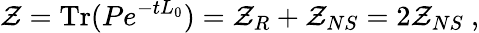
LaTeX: {\cal\mathcal{Z}}=\mathrm{{Tr}}(Pe^{-tL_{0}})={\cal\mathcal{Z}}_{R}+{\cal\mathcal{Z}}_{NS}=2{\cal\mathcal{Z}}_{NS}\ ,